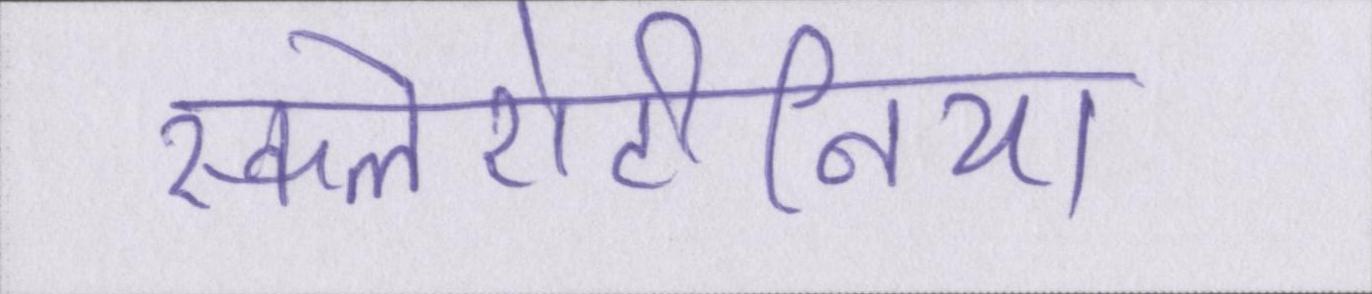
स्कलेरोटीनिया